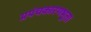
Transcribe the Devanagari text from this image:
प्रपंचकारणभूता